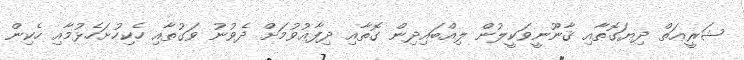
ޝަރީޢަތް ދިޔަގޮތާއި ޤާނޫނީވަކީލުން ލިއްބައިދިން ގޮތާއި ދިފާޢުވުމަށް ދެވުނު ވަގުތާއި ހެކިހުށަހެޅުމާއި ހެކިން